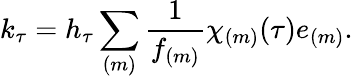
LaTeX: k_{\tau}=h_{\tau}\sum_{(m)}\frac{1}{f_{(m)}}\chi_{(m)}(\tau)e_{(m)}.